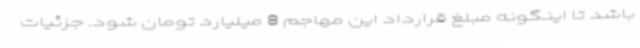
باشد تا اینگونه مبلغ قرارداد این مهاجم 8 میلیارد تومان شود. جزئیات